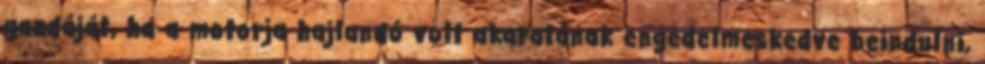
gazdáját, ha a motorja hajlandó volt akaratának engedelmeskedve beindulni,